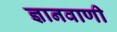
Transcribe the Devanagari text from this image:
ज्ञानवाणी